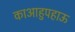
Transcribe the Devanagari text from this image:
काआहुपहाऊ